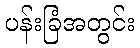
ပန်းခြံအတွင်း